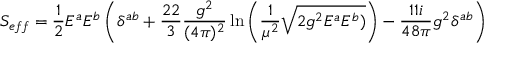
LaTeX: S _ { e f f } = \frac { 1 } { 2 } E ^ { a } E ^ { b } \left( \delta ^ { a b } + \frac { 2 2 } { 3 } \frac { g ^ { 2 } } { ( 4 \pi ) ^ { 2 } } \ln \left( \frac { 1 } { \mu ^ { 2 } } \sqrt { 2 g ^ { 2 } E ^ { a } E ^ { b } ) } \right) - \frac { 1 1 i } { 4 8 \pi } g ^ { 2 } \delta ^ { a b } \right)